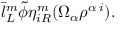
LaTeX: \bar { l } _ { L } ^ { m } \tilde { \phi } \eta _ { i R } ^ { m } ( \Omega _ { \alpha } \rho ^ { \alpha \, i } ) .